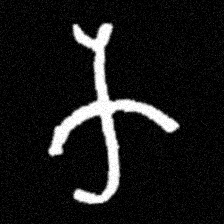
Pyu character \u2014 Myanmar letter: က (romanized: ka)